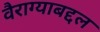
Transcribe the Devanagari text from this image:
वैराग्याबद्दल